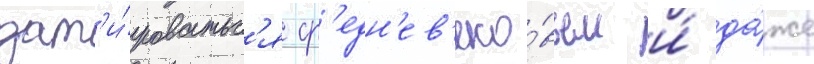
дат'и́роватьс'я ср'едн'ев'еко́вьем и́ да́же